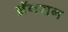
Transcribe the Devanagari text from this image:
ब्रॅनसन